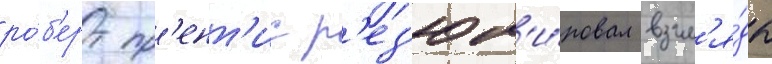
ро́б'ерт пр'ент'ис р'ез'юм'и́ровал взгл'я́ды